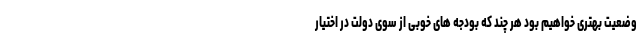
وضعیت بهتری خواهیم بود هر چند که بودجه های خوبی از سوی دولت در اختیار